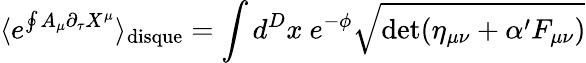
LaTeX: \langle e^{\oint A_{\mu}\partial_{\tau}X^{\mu}}\rangle_{\mathrm{disque}}=\int d^{D}x~e^{-\phi}\sqrt{\operatorname*{det}(\eta_{\mu\nu}+\alpha^{\prime}F_{\mu\nu})}